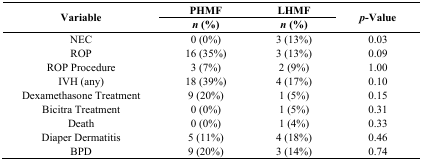
<table><thead><tr><td rowspan="2"><b>Variable</b></td><td><b>PHMF</b></td><td><b>LHMF</b></td><td rowspan="2"><b><i>p</i>-Value</b></td></tr><tr><td><b><i>n</i> (%)</b></td><td><b><i>n</i> (%)</b></td></tr></thead><tbody><tr><td>NEC</td><td>0 (0%)</td><td>3 (13%)</td><td>0.03</td></tr><tr><td>ROP</td><td>16 (35%)</td><td>3 (13%)</td><td>0.09</td></tr><tr><td>ROP Procedure</td><td>3 (7%)</td><td>2 (9%)</td><td>1.00</td></tr><tr><td>IVH (any)</td><td>18 (39%)</td><td>4 (17%)</td><td>0.10</td></tr><tr><td>Dexamethasone Treatment</td><td>9 (20%)</td><td>1 (5%)</td><td>0.15</td></tr><tr><td>Bicitra Treatment</td><td>0 (0%)</td><td>1 (5%)</td><td>0.31</td></tr><tr><td>Death</td><td>0 (0%)</td><td>1 (4%)</td><td>0.33</td></tr><tr><td>Diaper Dermatitis</td><td>5 (11%)</td><td>4 (18%)</td><td>0.46</td></tr><tr><td>BPD</td><td>9 (20%)</td><td>3 (14%)</td><td>0.74</td></tr></tbody></table>